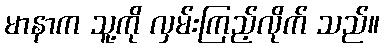
မာနာက သူ့ကို လှမ်းကြည့်လိုက် သည်။